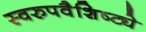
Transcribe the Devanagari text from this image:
स्वरुपवैशिष्ट्ये